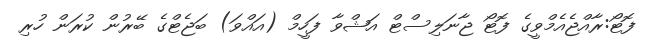
ފޮޓޯ:ރާއްޖެއެމްވީގެ ފޮޓޯ ޖާނަލިސްޓް އަޝްވާ ފަހީމް (އައްވަ) ބަޖެޓްގެ ބޭރުން ކުރަން ހުރި